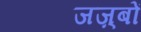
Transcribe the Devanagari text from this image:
जज़्बों